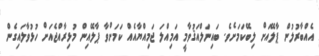
އެއްބާރުލުން ޕާލޭއަށް ލިބޭކަމަށެވެ. ބައިނަލްއަޤުވާމީ އަމިއްލަ ޖަމިއްޔާއެއް ކަމަށްވާ ޕާލޭއިން މުޅިރާއްޖެއަށް ހުޅުވާލައިގެން